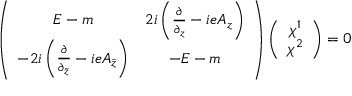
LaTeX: \left( \begin{array} { c c } { { E - m } } & { { 2 i \left( \frac { \partial } { \partial _ { z } } - i e A _ { z } \right) } } \\ { { - 2 i \left( \frac { \partial } { \partial _ { \bar { z } } } - i e A _ { \bar { z } } \right) } } & { { - E - m } } \end{array} \right) \left( \begin{array} { c } { { \chi ^ { 1 } } } \\ { { \chi ^ { 2 } } } \end{array} \right) = 0